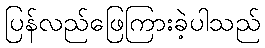
ပြန်လည်ဖြေကြားခဲ့ပါသည်